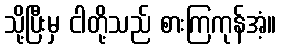
သို့ပြီးမှ ငါတို့သည် စားကြကုန်အံ့။